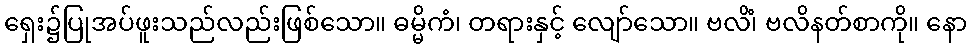
ရှေး၌ပြုအပ်ဖူးသည်လည်းဖြစ်သော။ ဓမ္မိကံ၊ တရားနှင့် လျော်သော။ ဗလိံ၊ ဗလိနတ်စာကို။ နော